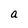
Character: a